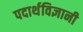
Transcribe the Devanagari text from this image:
पदार्थविज्ञानी